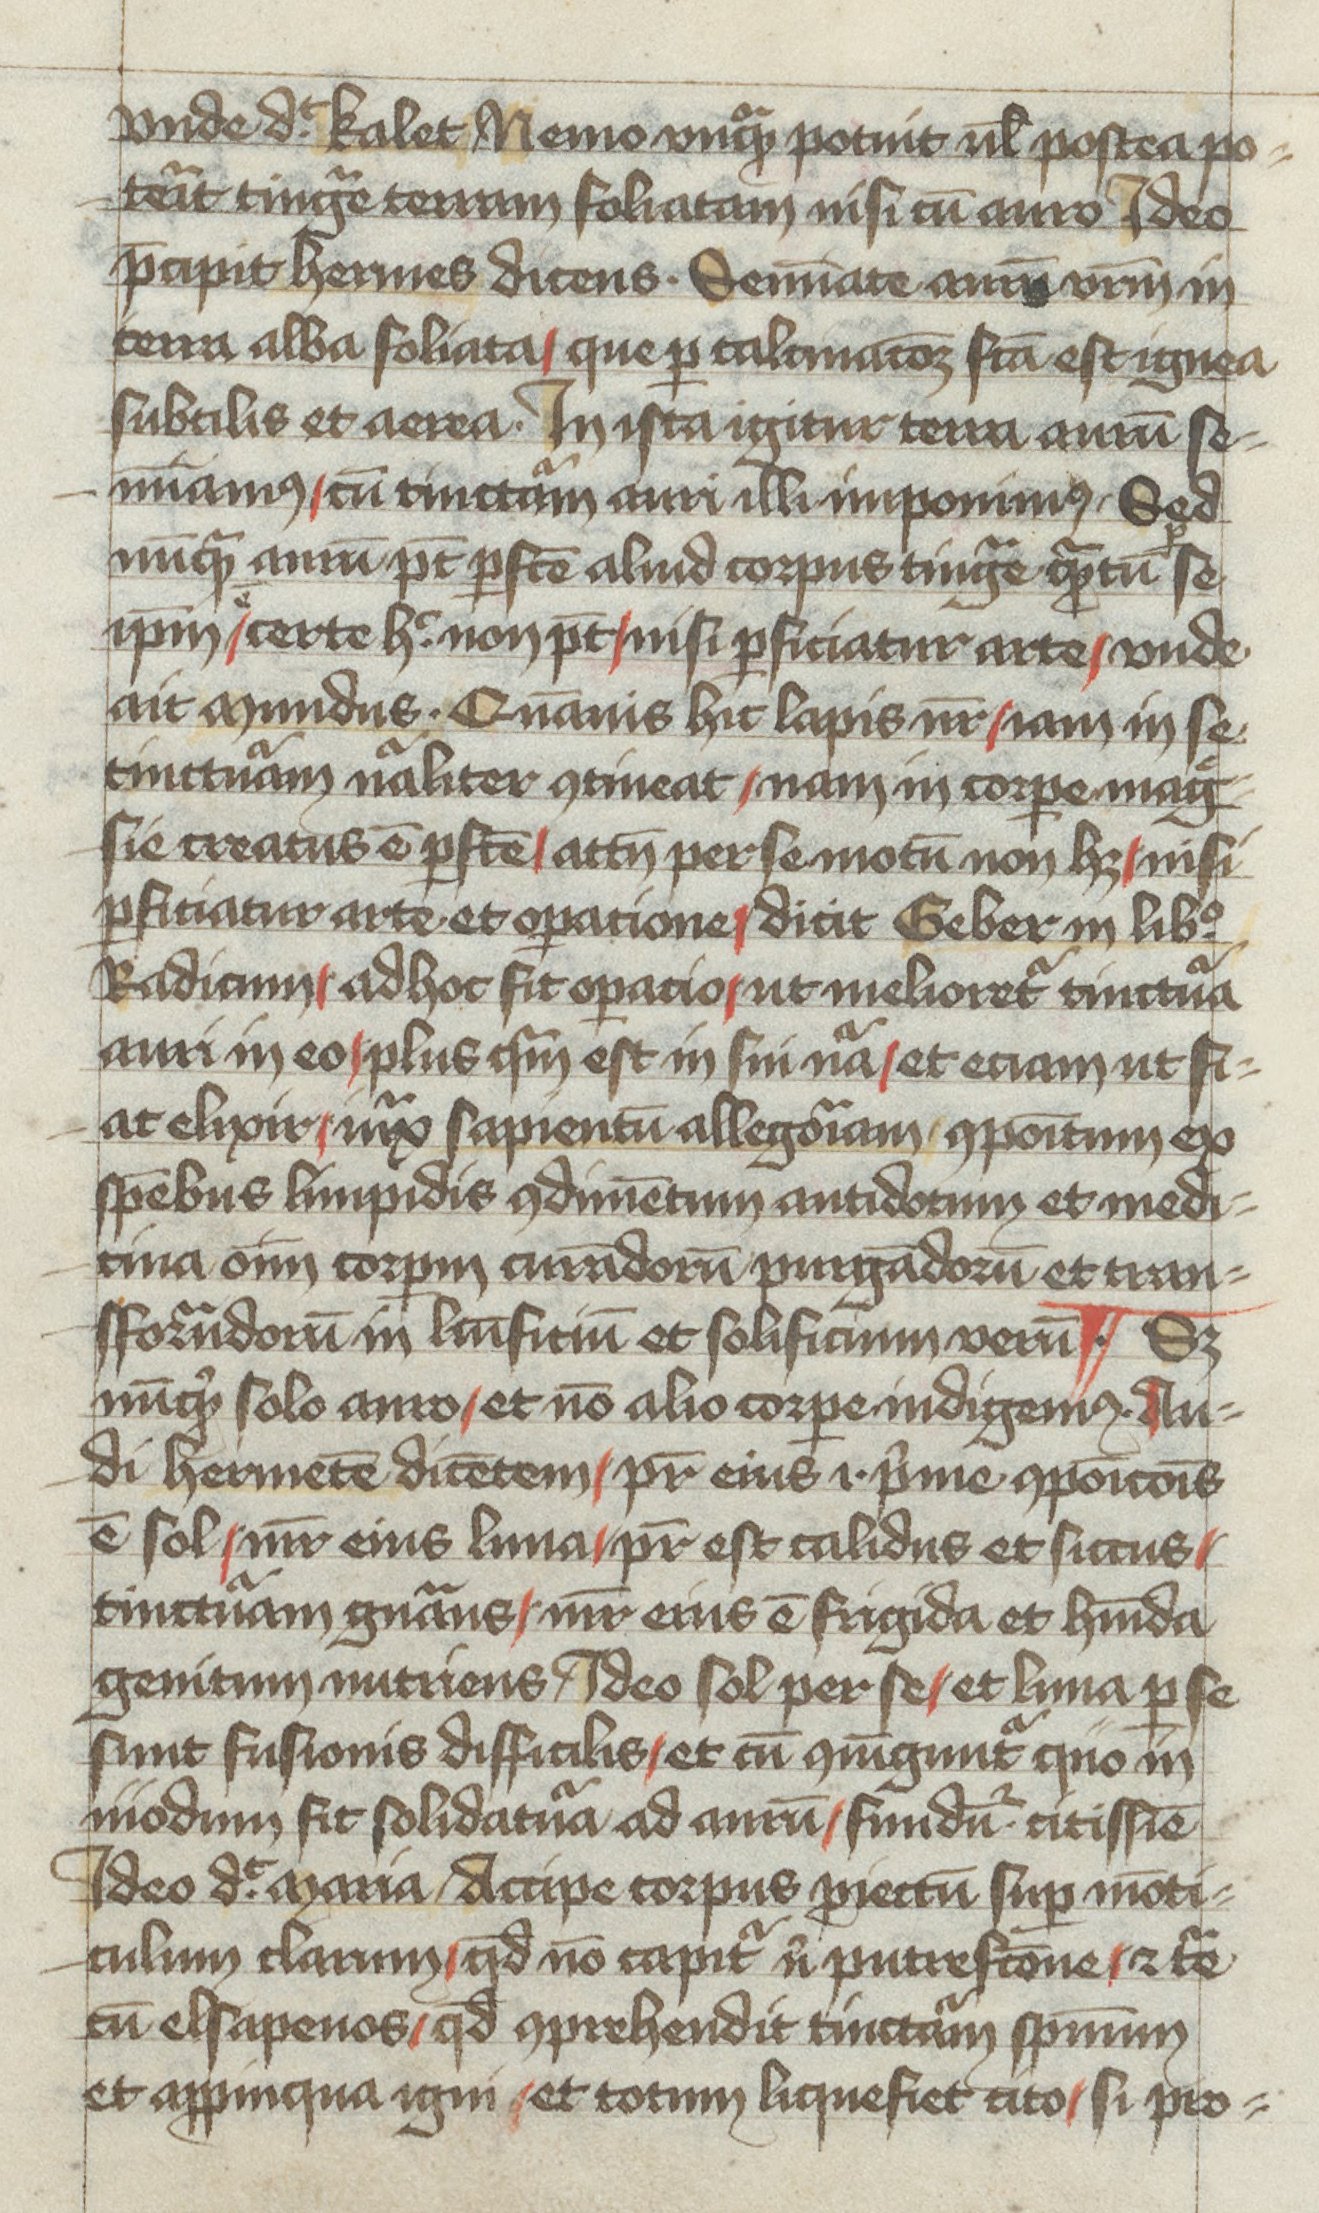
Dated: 1400–1499